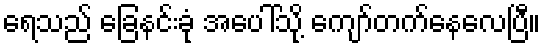
ရေသည် ခြေနင်းခုံ အပေါ်သို့ ကျော်တက်နေလေပြီ။